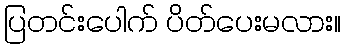
ပြတင်းပေါက် ပိတ်ပေးမလား။